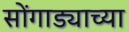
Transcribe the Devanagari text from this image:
सोंगाड्याच्या